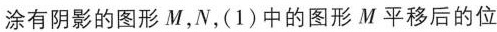
涂有阴影的图形M，N，(1)中的图形M平移后的位